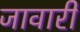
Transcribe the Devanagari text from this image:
जावारी